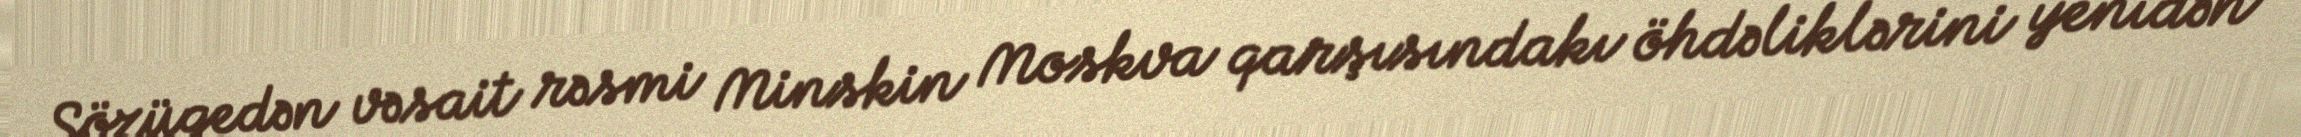
Sözügedən vəsait rəsmi Minskin Moskva qarşısındakı öhdəliklərini yenidən